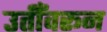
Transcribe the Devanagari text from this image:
उतीँवरून